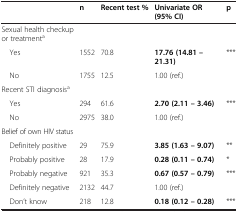
<table><thead><tr><td><b> </b></td><td><b>n</b></td><td><b>Recent test %</b></td><td><b>Univariate OR (95% CI)</b></td><td><b>p</b></td></tr></thead><tbody><tr><td>Sexual health checkup or treatment<sup>a</sup></td><td> </td><td> </td><td> </td><td> </td></tr><tr><td> Yes</td><td>1552</td><td>70.8</td><td><b>17.76 (14.81 – 21.31)</b></td><td>***</td></tr><tr><td> No</td><td>1755</td><td>12.5</td><td>1.00 (ref.)</td><td> </td></tr><tr><td>Recent STI diagnosis<sup>a</sup></td><td> </td><td> </td><td> </td><td> </td></tr><tr><td> Yes</td><td>294</td><td>61.6</td><td><b>2.70 (2.11 – 3.46)</b></td><td>***</td></tr><tr><td> No</td><td>2975</td><td>38.0</td><td>1.00 (ref.)</td><td> </td></tr><tr><td>Belief of own HIV status</td><td> </td><td> </td><td> </td><td> </td></tr><tr><td> Definitely positive</td><td>29</td><td>75.9</td><td><b>3.85 (1.63 – 9.07)</b></td><td>**</td></tr><tr><td> Probably positive</td><td>28</td><td>17.9</td><td><b>0.28 (0.11 – 0.74)</b></td><td>*</td></tr><tr><td> Probably negative</td><td>921</td><td>35.3</td><td><b>0.67 (0.57 – 0.79)</b></td><td>***</td></tr><tr><td> Definitely negative</td><td>2132</td><td>44.7</td><td>1.00 (ref.)</td><td> </td></tr><tr><td> Don’t know</td><td>218</td><td>12.8</td><td><b>0.18 (0.12 – 0.28)</b></td><td>***</td></tr></tbody></table>